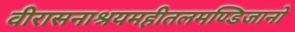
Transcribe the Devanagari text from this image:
वीरासनाश्रयमहीतलमण्डिजानो